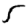
Digit: 5